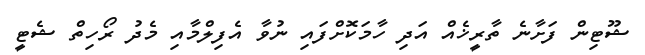
ޝޫޓިން ފަށާނެ ތާރީޚެއް އަދި ހާމަކޮށްފައި ނުވާ އެފިލްމާއި މެދު ރޯހިތް ޝެޓީ